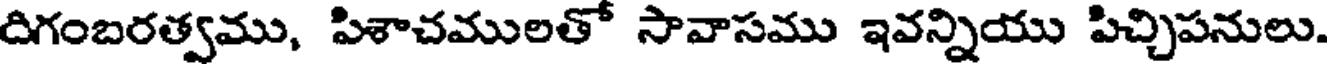
దిగంబరత్వము, పిశాచములతో సావాసము ఇవన్నియు పిచ్చిపనులు.